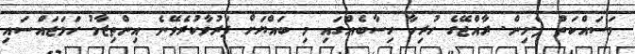
މަސައްކަތް ފެށިން. ރާއްޖޭގެ ހުރިހާ ހިސާބެއްގައި މި ބައްޔަށް ފަރުވާކުރެވޭނެ އިންތިޒާމު ހަމަޖައްސައި